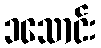
၁သောင်း